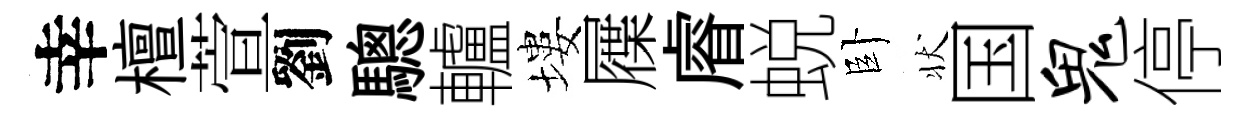
幸檀萱劉驄轤塿屧𥈠蜕卧状国鬼停